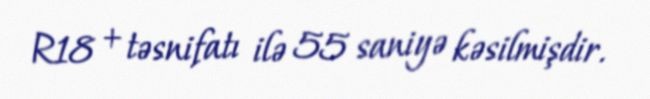
R18 + təsnifatı ilə 55 saniyə kəsilmişdir.